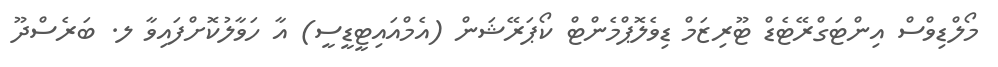
މޯލްޑިވްސް އިންޓަގްރޭޓެޑް ޓޫރިޒަމް ޑިވެލޮޕްމެންޓް ކޯޕަރޭޝަން (އެމްއައިޓީޑީސީ) އާ ހަވާލުކޮށްފައިވާ ލ. ބަރެސްދޫ